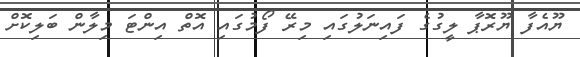
ޔޫއެފާ ޔޫރޮޕާ ލީގުގެ ފައިނަލުގައި މިރޭ ފޯމުގައި އޮތް އިންޓަ މިލާން ބަލިކޮށް